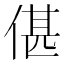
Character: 偡